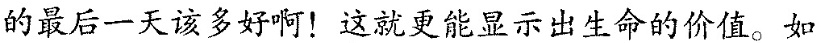
的最后-天该多好啊！这就更能显示出生命的价值。如